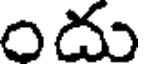
ందు